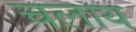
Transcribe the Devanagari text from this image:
चलाय